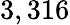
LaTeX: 3,316